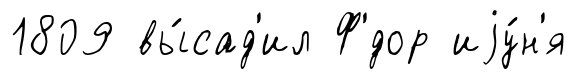
1809 вы́сад'ил Ф'́дор иjу́н'я